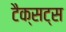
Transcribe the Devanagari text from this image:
टैक्सट्स